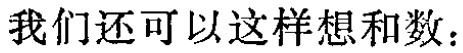
我们还可以这样想和数：